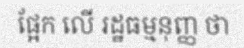
ផ្អែក លើ រដ្ឋធម្មនុញ្ញ ថា